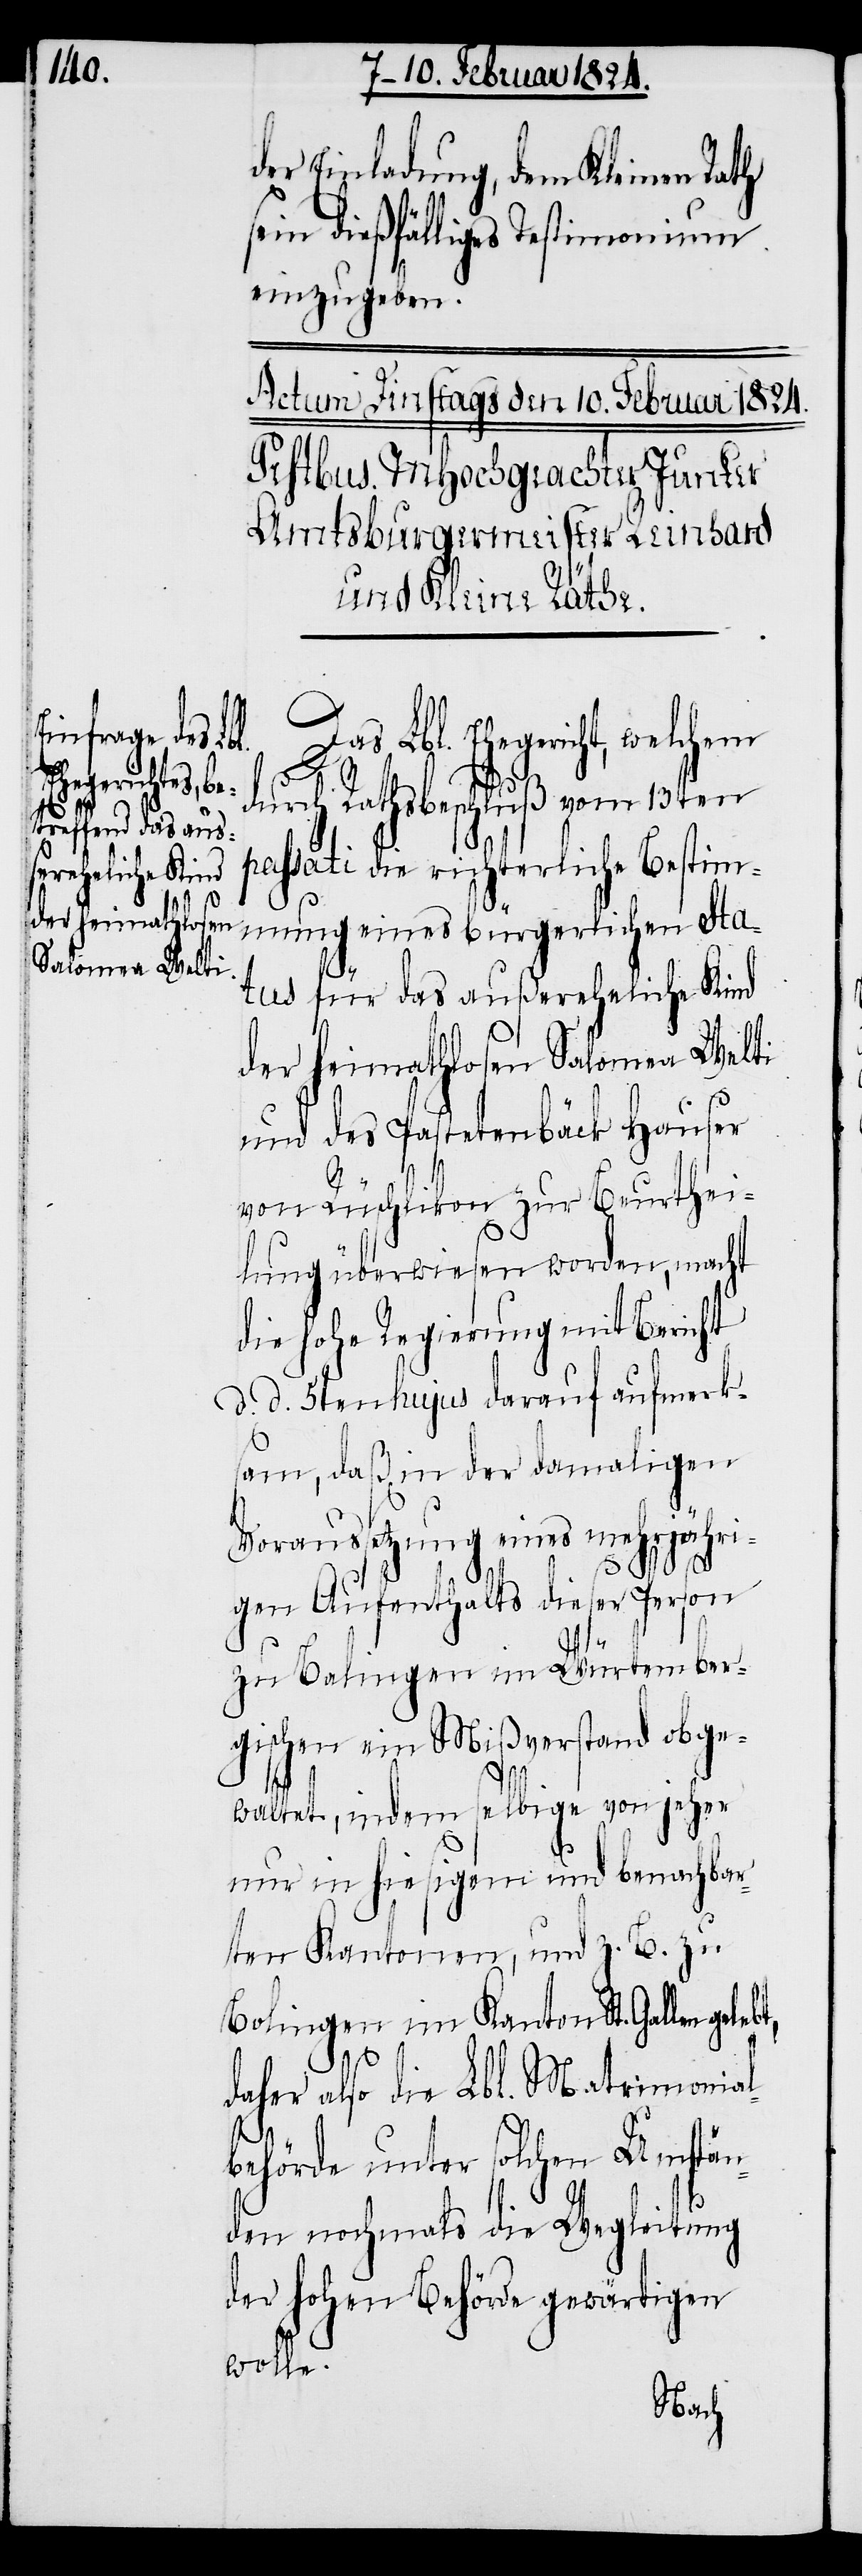
der heimathlosen
Salomea Welti

der Einladung, dem Kleinen Rath
sein dießfälliges Testimonium
einzugeben.
Das Lbl. Ehegericht, welchem
durch Rathsbeschluß vom 13ten
passati die richterliche Bestim¬
mung eines bürgerlichen Sta¬
tus für das außereheliche Kind
und des Pastetenbäck Hauser
von Rüschlikon zur Beurthei¬
lung überwiesen worden, macht
die hohe Regierung mit Bericht
d. d. 5ten hujus darauf aufmerk¬
sam, daß der damaligen
Voraussetzung eines mehrjähri¬
bt,
gen Aufenthalts dieser Person
zu Balingen im Würtember¬
gischen ein Mißverstand obge¬
waltet, indem selbige von jeher
nur in hiesigem und benachbar¬
ten Kantonen, und z. B. zu
Bolingen im Kanton St. Gallen gele¬
daher also die Lbl. Matrimonial¬
behörde unter solchen Umstän¬
den nochmals die Wegleitung
der hohen Behörde gewärtigen
wolle.